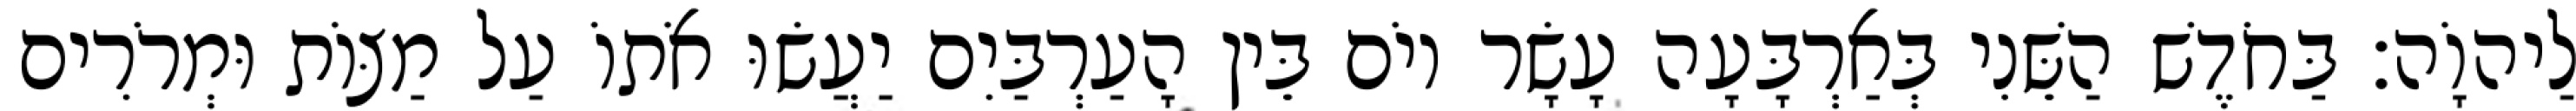
לַיהוָֹה׃ בַּחֹדֶשׁ הַשֵּׁנִי בְּאַרְבָּעָה עָשָׂר יוֹם בֵּין הָעַרְבַּיִם יַעֲשׂוּ אֹתוֹ עַל מַצּוֹת וּמְרֹרִים